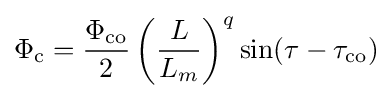
\Phi _{\mathrm {c} }={\frac {\Phi _{\mathrm {co} }}{2}}\left({\frac {L}{L_{m}}}\right)^{q}\sin(\tau -\tau _{\mathrm {co} })